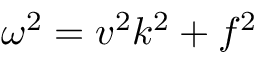
\omega ^ { 2 } = v ^ { 2 } k ^ { 2 } + f ^ { 2 }